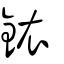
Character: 銥